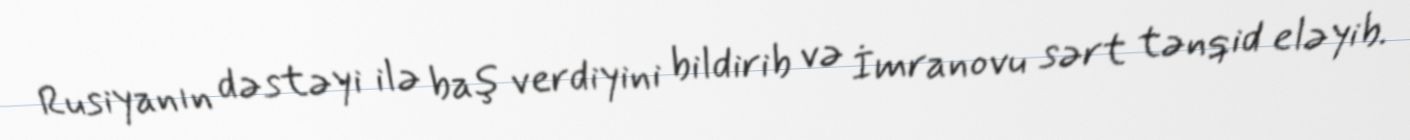
Rusiyanın dəstəyi ilə baş verdiyini bildirib və İmranovu sərt tənqid eləyib.